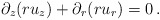
\begin{align*}\partial_z(ru_z) + \partial_r(ru_r) = 0\,.\end{align*}